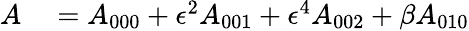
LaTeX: \begin{array}{rl}{A}&{{}=A_{000}+\epsilon^{2}A_{001}+\epsilon^{4}A_{002}+\beta A_{010}}\end{array}